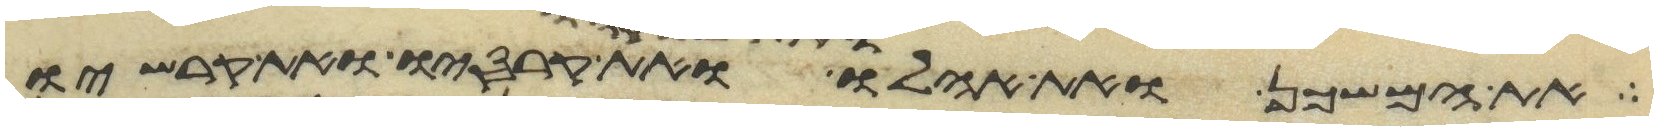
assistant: את המשכן ואת אהלו ואת מכסהו ואת קרסיו